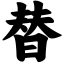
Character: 替